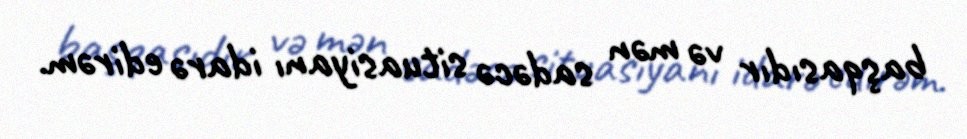
başqasıdır və mən sadəcə situasiyanı idarə edirəm.